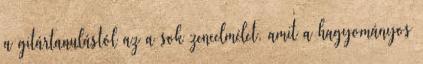
a gitártanulástól az a sok zeneelmélet, amit a hagyományos